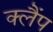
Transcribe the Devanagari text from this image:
क्‍लैंप